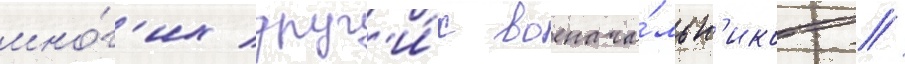
мно́г'их друг'и́х военача́льн'иков /